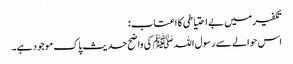
تکفیر میں بے احتیاطی کا اعتاب:
اس حوالے سے رسول اللہﷺ کی واضح حدیث پاک موجود ہے۔